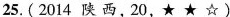
25.(2014 陕 西,20,★ ★ ☆ )